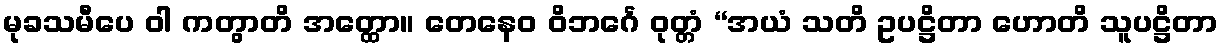
မုခသမီပေ ဝါ ကတွာတိ အတ္ထော။ တေနေဝ ဝိဘင်္ဂေ ဝုတ္တံ “အယံ သတိ ဥပဋ္ဌိတာ ဟောတိ သူပဋ္ဌိတာ